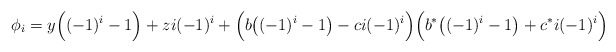
\begin{align*}\phi_i = y\Big((-1)^i-1\Big)+zi(-1)^{i} + \Big(b\big((-1)^i-1\big)-ci(-1)^i\Big)\Big(b^*\big((-1)^i-1\big)+c^*i(-1)^i\Big)\end{align*}